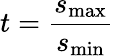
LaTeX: t=\frac{s_{\mathrm{max}}}{s_{\mathrm{min}}}